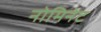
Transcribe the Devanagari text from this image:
नोमिनेट